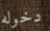
دخوله